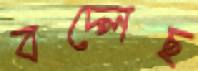
বদ্‌লেছ